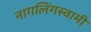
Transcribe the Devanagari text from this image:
नागलिंगस्वामी